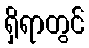
ရှိရာတွင်